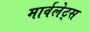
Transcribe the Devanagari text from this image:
मार्वलेट्स